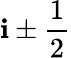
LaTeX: \mathbf{i}\pm{\frac{{1}}{{2}}}